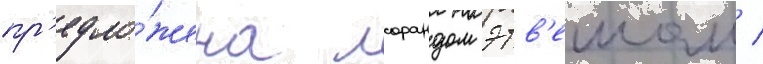
пр'едло́жена лорандом этв'ешом /